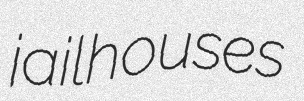
jailhouses